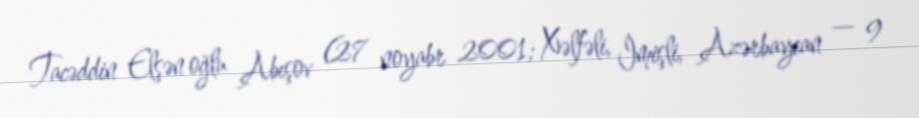
Tacəddin Elşən oğlu Abışov (27 noyabr 2001; Xəlfəli, İmişli, Azərbaycan — 9